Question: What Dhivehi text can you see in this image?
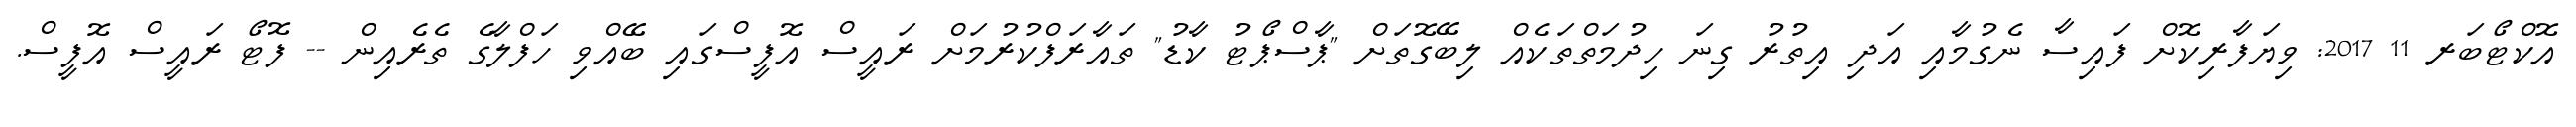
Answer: އޮކްޓޯބަރ 11 2017: ވިޔަފާރިކޮށް ފައިސާ ނެގުމާއި އަދި އިތުރު ގިނަ ހިދުމަތްތަކެއް ލިބޭގޮތަށް "ޕާސްޕޯޓު ކާޑު" ތައާރަފްކުރުމަށް ރައީސް އޮފީސްގައި ބޭއްވި ހަފްލާގެ ތެރެއިން -- ފޮޓޯ ރައީސް އޮފީސް.